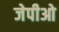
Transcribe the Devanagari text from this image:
जेपीओ